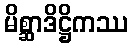
မိစ္ဆာဒိဋ္ဌိကဿ